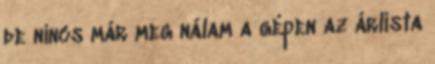
de nincs már meg nálam a gépen az árlista